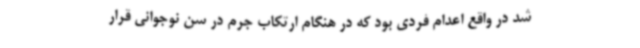
شد در واقع اعدام فردی بود که در هنگام ارتکاب جرم در سن نوجوانی قرار